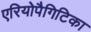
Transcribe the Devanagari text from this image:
एरियोपैगिटिका